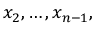
x _ { 2 } , \ldots , x _ { n - 1 } ,